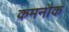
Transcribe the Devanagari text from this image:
कमनौक